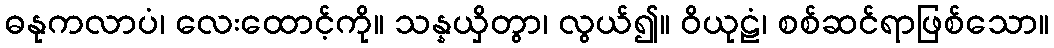
ဓနုကလာပံ၊ လေးထောင့်ကို။ သန္နယှိတွာ၊ လွယ်၍။ ဝိယုဠံ၊ စစ်ဆင်ရာဖြစ်သော။